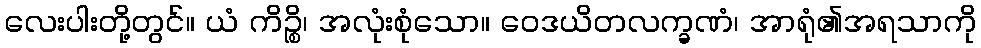
လေးပါးတို့တွင်။ ယံ ကိဉ္စိ၊ အလုံးစုံသော။ ဝေဒယိတလက္ခဏံ၊ အာရုံ၏အရသာကို